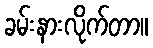
ခမ်းနားလိုက်တာ။